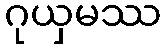
ဂုယှမဿ